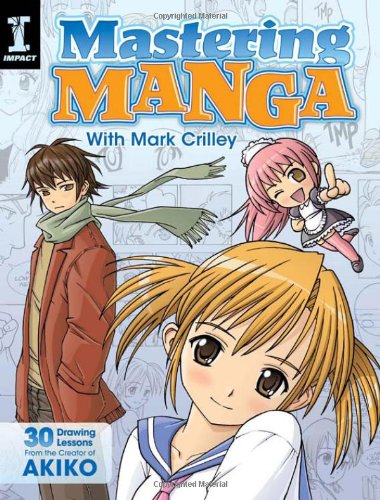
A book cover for Mastering Manga with Mark Crilley: 30 drawing lessons from the creator of Akiko; Mark Crilley; Comics & Graphic Novels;